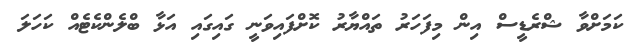
ކަމަށްވާ ޝްރެޑީސް އިން މިފަހަރު ތައްޔާރު ކޮށްފައިވަނީ ގައިގައި އަޅާ ބްލެންކެޓެއް ކަހަލަ